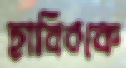
হাবিবকে